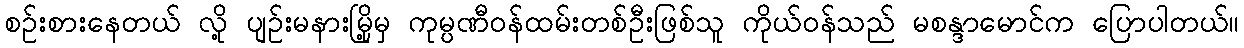
စဉ်းစားနေတယ် လို့ ပျဉ်းမနားမြို့မှ ကုမ္ပဏီဝန်ထမ်းတစ်ဦးဖြစ်သူ ကိုယ်ဝန်သည် မစန္ဒာမောင်က ပြောပါတယ်။